Report on vaccination in the Province of Bengal - 1869-1873
Year: 1869
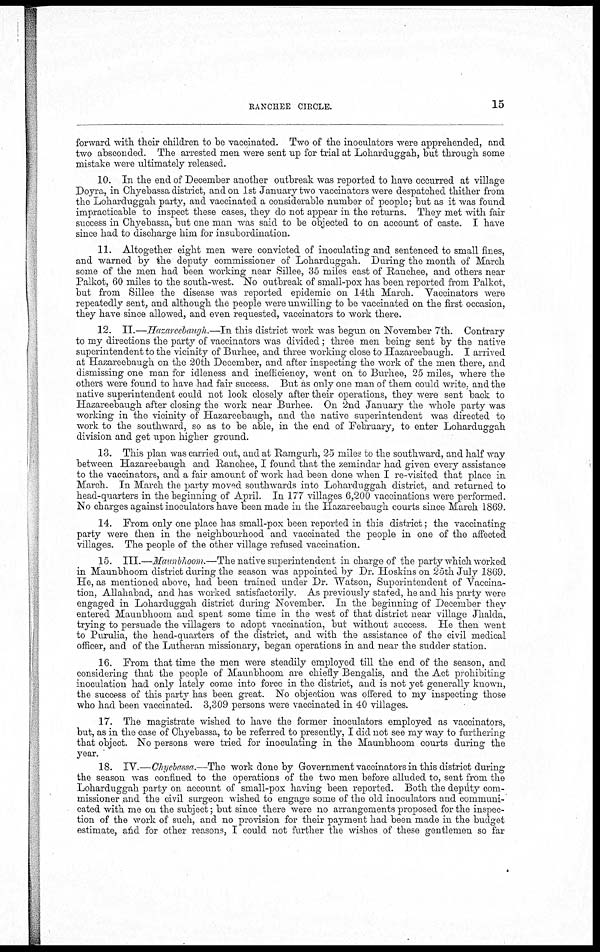
RANCHEE CIRCLE.
15
forward with their children to be vaccinated. Two of the inoculators were apprehended, and
two absconded. The arrested men were sent up for trial at Loharduggah, but through some
mistake were ultimately released.
10. In the end of December another outbreak was reported to have occurred at village
Doyra, in Chyebassa district, and on 1st January two vaccinators were despatched thither from
the Loharduggah party, and vaccinated a considerable number of people; but as it was found
impracticable to inspect these cases, they do not appear in the returns. They met with fair
success in Chyebassa, but one man was said to be objected to on account of caste. I have
since had to discharge him for insubordination.
11. Altogether eight men were convicted of inoculating and sentenced to small fines,
and warned by the deputy commissioner of Loharduggah. During the month of March
some of the men had been working near Sillee, 35 miles east of Ranchee, and others near
Palkot, 60 miles to the south-west. No outbreak of small-pox has been reported from Palkot,
but from Sillee the disease was reported epidemic on 14th March. Vaccinators were
repeatedly sent, and although the people were unwilling to be vaccinated on the first occasion,
they have since allowed, and even requested, vaccinators to work there.
12. II.—Hazareebaugh.—In this district work was begun on November 7th. Contrary
to my directions the party of vaccinators was divided; three men being sent by the native
superintendent to the vicinity of Burhee, and three working close to Hazareebaugh. I arrived
at Hazareebaugh on the 20th December, and after inspecting the work of the men there, and
dismissing one man for idleness and inefficiency, went on to Burhee, 25 miles, where the
others were found to have had fair success. But as only one man of them could write and the
native superintendent could not look closely after their operations, they were sent back to
Hazareebaugh after closing the work near Burhee. On 2nd January the whole party was
working in the vicinity of Hazareebaugh, and the native superintendent was directed to
work to the southward, so as to be able, in the end of February, to enter Loharduggah
division and get upon higher ground.
13. This plan was carried out, and at Ramgurh, 25 miles to the southward, and half way
between Hazareebaugh and Ranchee, I found that the zemindar had given every assistance
to the vaccinators, and a fair amount of work had been done when I re-visited that place in
March. In March the party moved southwards into Loharduggah district, and returned to
head-quarters in the beginning of April. In 177 villages 6,200 vaccinations were performed.
No charges against inoculators have been made in the Hazareebaugh courts since March 1869.
14. From only one place has small-pox been reported in this district; the vaccinating
party were then in the neighbourhood and vaccinated the people in one of the affected
villages. The people of the other village refused vaccination.
15. III.—Maunbhoom.—The native superintendent in charge of the party which worked
in Maunbhoom district during the season was appointed by Dr. Hoskins on 25th July 1869.
He, as mentioned above, had been trained under Dr. Watson, Superintendent of Vaccina-
tion, Allahabad, and has worked satisfactorily. As previously stated, he and his party were
engaged in Loharduggah district during November. In the beginning of December they
entered Maunbhoom and spent some time in the west of that district near village Jhalda,
trying to persuade the villagers to adopt vaccination, but without success. He then went
to Purulia, the head-quarters of the district, and with the assistance of the civil medical
officer, and of the Lutheran missionary, began operations in and near the sudder station.
16. From that time the men were steadily employed till the end of the season, and
considering that the people of Maunbhoom are chiefly Bengalis, and the Act prohibiting
inoculation had only lately come into force in the district, and is not yet generally known,
the success of this party has been great. No objection was offered to my inspecting those
who had been vaccinated. 3,309 persons were vaccinated in 40 villages.
17. The magistrate wished to have the former inoculators employed as vaccinators,
but, as in the case of Chyebassa, to be referred to presently, I did not see my way to furthering
that object. No persons were tried for inoculating in the Maunbhoom courts during the
year.
18. IV.—Chyebassa.—The work done by Government vaccinators in this district during
the season was confined to the operations of the two men before alluded to, sent from the
Loharduggah party on account of small-pox having been reported. Both the deputy com-
missioner and the civil surgeon wished to engage some of the old inoculators and communi-
cated with me on the subject; but since there were no arrangements proposed for the inspec-
tion of the work of such, and no provision for their payment had been made in the budget
estimate, and for other reasons, I could not further the wishes of these gentlemen so far